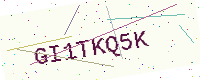
Text: GI1TKQ5K